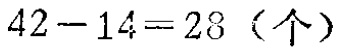
\(42 - 14 = 28 \text{（个）}\)